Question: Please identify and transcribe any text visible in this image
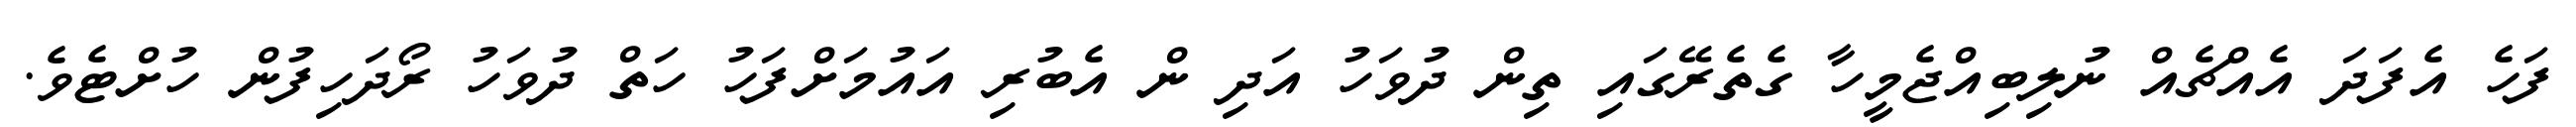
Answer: ފަހެ އެފަދަ އެއްޗެއް ނުލިބިއްޖެމީހާ ގެތެރޭގައި ތިން ދުވަހު އަދި ން އެބުރި އައުމަށްފަހު ހަތް ދުވަހު ރޯދަހިފުން ހުށްޓެވެ.